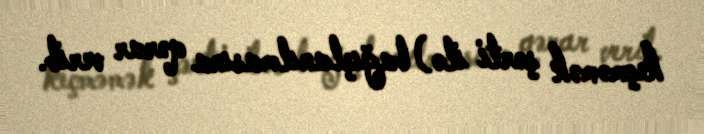
keçməmək şərti ilə) bağışlanılmasına qərar verib.